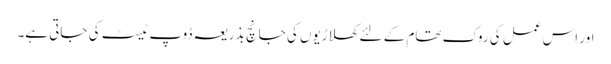
اور اس عمل کی روک تھام کے لئے کھلاڑیوں کی جانچ بذریعہ ڈوپ ٹیسٹ کی جاتی ہے۔